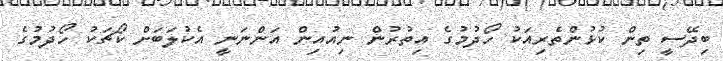
ބިދޭސީ ތިން ކުޅުންތެރިއަކު ހޯދުމުގެ އިތުރުން ނިއުއިން އަންނަނީ އެކުލަބަށް ކޯޗަކު ހޯދުމުގެ